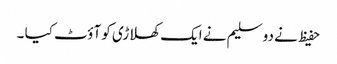
حفیظ نے دو سلیم نے ایک کھلاڑی کو آؤٹ کیا ۔